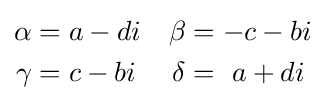
{\begin{aligned}\alpha &=a-di&\beta &=-c-bi\\\gamma &=c-bi&\delta &=\ a+di\end{aligned}}